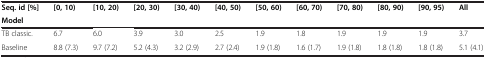
<table><thead><tr><td><b>Seq. id [%]</b></td><td><b>[0, 10)</b></td><td><b>[10, 20)</b></td><td><b>[20, 30)</b></td><td><b>[30, 40)</b></td><td><b>[40, 50)</b></td><td><b>[50, 60)</b></td><td><b>[60, 70)</b></td><td><b>[70, 80)</b></td><td><b>[80, 90)</b></td><td><b>[90, 95)</b></td><td><b>All</b></td></tr><tr><td><b>Model</b></td><td><b> </b></td><td><b> </b></td><td><b> </b></td><td><b> </b></td><td><b> </b></td><td><b> </b></td><td><b> </b></td><td><b> </b></td><td><b> </b></td><td><b> </b></td><td><b> </b></td></tr></thead><tbody><tr><td>TB classic.</td><td>6.7</td><td>6.0</td><td>3.9</td><td>3.0</td><td>2.5</td><td>1.9</td><td>1.8</td><td>1.9</td><td>1.9</td><td>1.9</td><td>3.7</td></tr><tr><td>Baseline</td><td>8.8 (7.3)</td><td>9.7 (7.2)</td><td>5.2 (4.3)</td><td>3.2 (2.9)</td><td>2.7 (2.4)</td><td>1.9 (1.8)</td><td>1.6 (1.7)</td><td>1.9 (1.8)</td><td>1.8 (1.8)</td><td>1.8 (1.8)</td><td>5.1 (4.1)</td></tr></tbody></table>